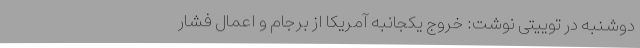
دوشنبه در توییتی نوشت: خروج یکجانبه آمریکا از برجام و اعمال فشار